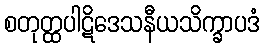
စတုတ္ထပါဋိဒေသနီယသိက္ခာပဒံ